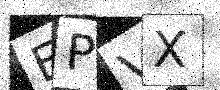
Text: EPVX